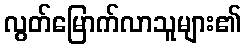
လွတ်မြောက်လာသူများ၏